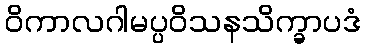
ဝိကာလဂါမပ္ပဝိသနသိက္ခာပဒံ